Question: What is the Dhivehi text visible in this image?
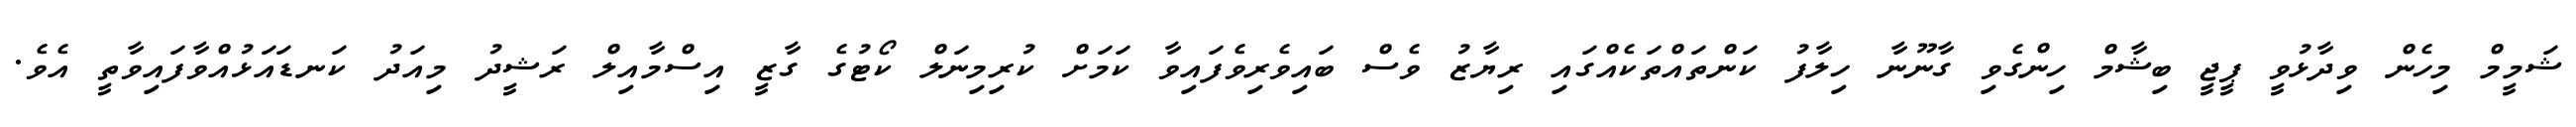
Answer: ޝަމީމް މިހެން ވިދާޅުވީ ޕީޖީ ބިޝާމް ހިންގެވި ގާނޫނާ ހިލާފު ކަންތައްތަކެއްގައި ރިޔާޒު ވެސް ބައިވެރިވެފައިވާ ކަމަށް ކުރިމިނަލް ކޯޓުގެ ގާޒީ އިސްމާއިލް ރަޝީދު މިއަދު ކަނޑައަޅުއްވާފައިވާތީ އެވެ.